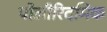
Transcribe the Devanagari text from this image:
पोलीरिदमिक